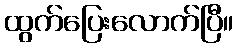
ထွက်ပြေးလောက်ပြီ။